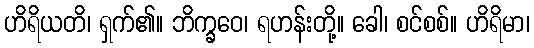
ဟိရိယတိ၊ ရှက်၏။ ဘိက္ခဝေ၊ ရဟန်းတို့။ ခေါ၊ စင်စစ်။ ဟိရိမာ၊